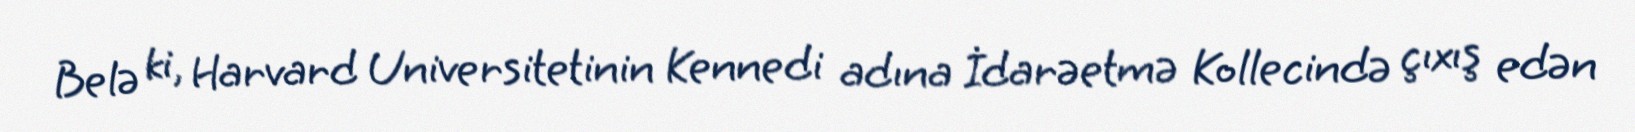
Belə ki, Harvard Universitetinin Kennedi adına İdarəetmə Kollecində çıxış edən